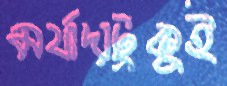
মর্যাদাটুকুই